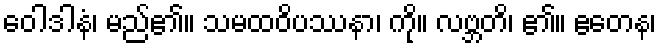
ဝေါဒါနံ၊ မည်၏။ သမထဝိပဿနာ၊ ကို။ လဗ္ဘတိ၊ ၏။ ဧတေန၊